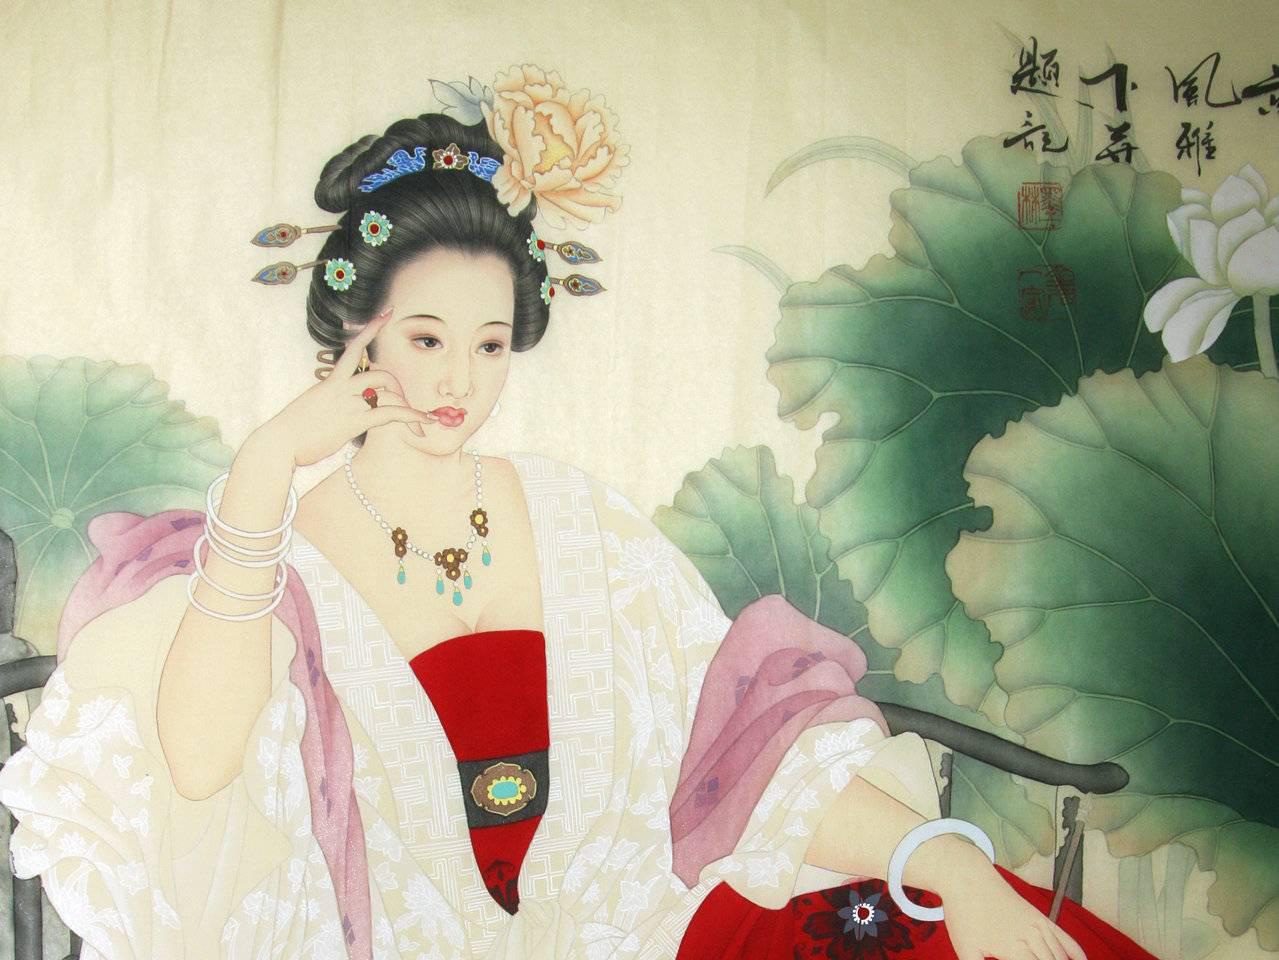
回眸一笑百媚生，六宫粉黛无颜色。